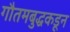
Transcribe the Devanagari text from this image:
गौतमबुद्धकडून